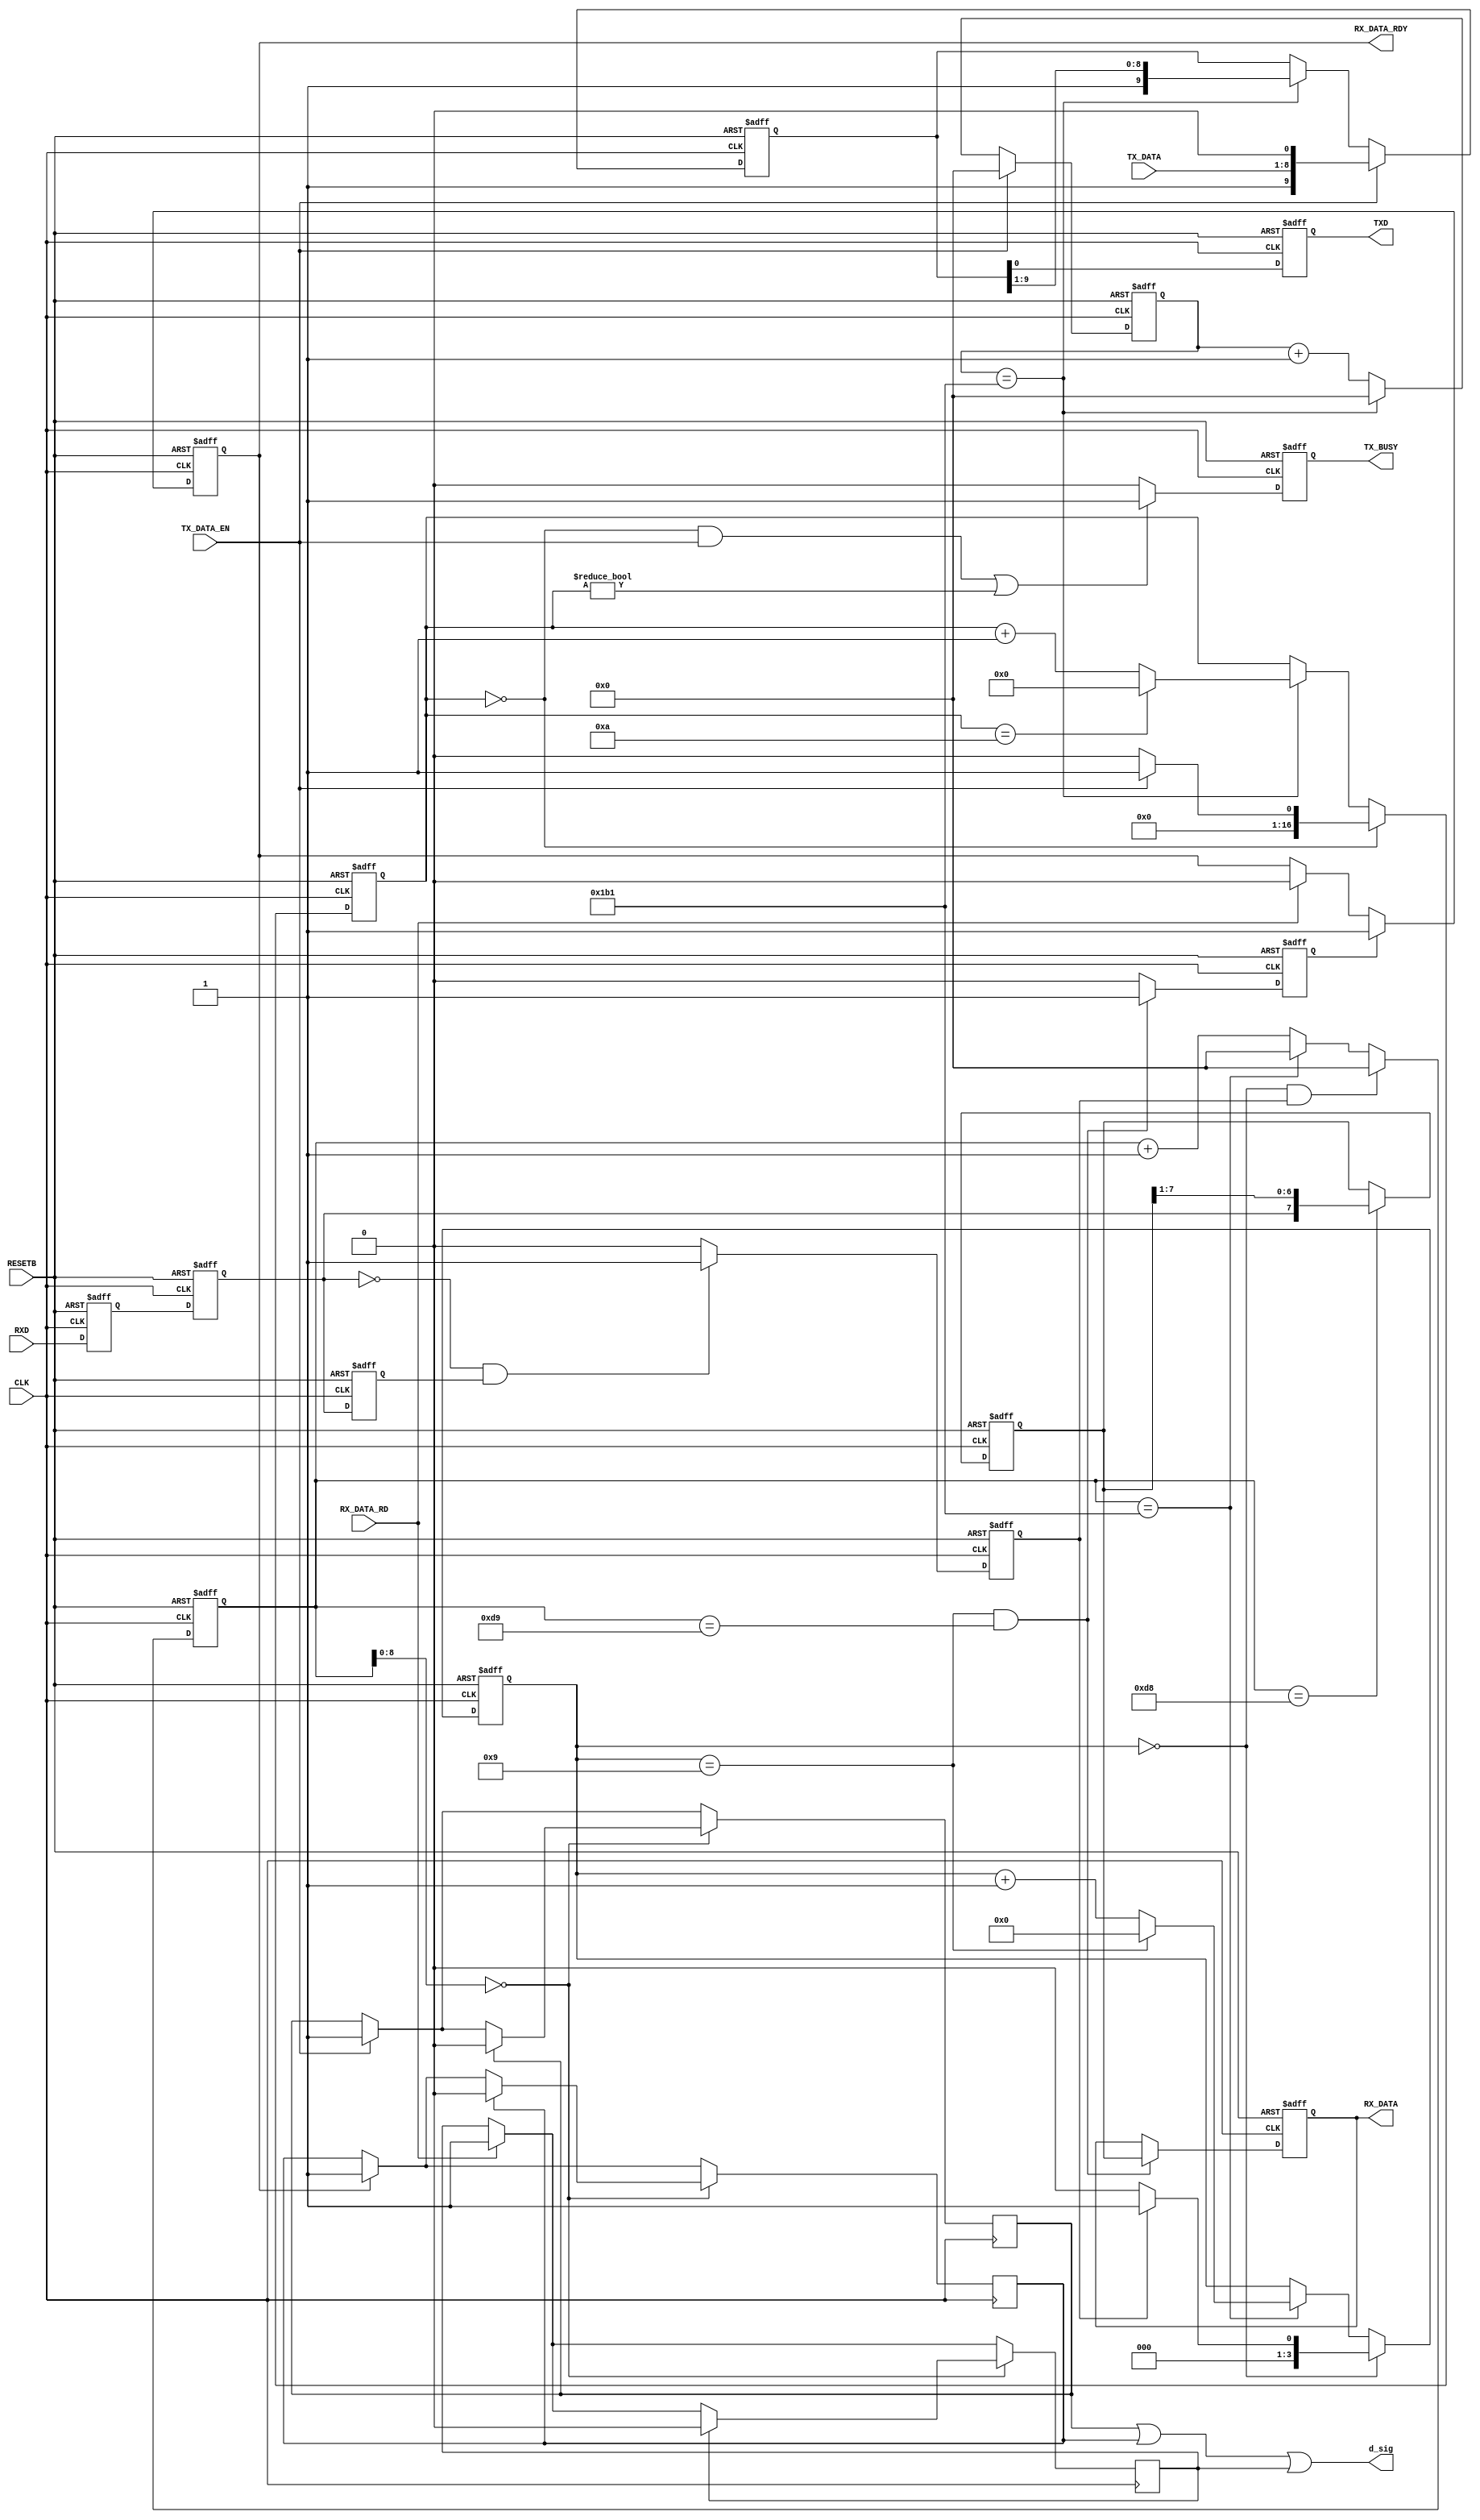
module rs232c(
RESETB, CLK, TXD, RXD, TX_DATA, TX_DATA_EN, TX_BUSY, RX_DATA, RX_DATA_RD, RX_DATA_RDY,d_sig);
//            PIN NAME         description        
input         RESETB;         // power on reset    
input         CLK;          // main clk          
//                                      
output        TXD;            //serial tx data    
input         RXD;            //serial rx data
input    [7:0]TX_DATA;        //tx data 8bit
input         TX_DATA_EN;         //tx commond
output        TX_BUSY;        //tx busy
output   [7:0]RX_DATA;        //rx data 8bit
input         RX_DATA_RD;     //rx data read
output        RX_DATA_RDY;     //rx data ready
output        d_sig;
//
        
//parameter       p_bit_end_count    =12'd866; // 115.2Kbps clk=100.0MHz
parameter       p_bit_end_count    =12'd433; // 115.2Kbps clk=50.0MHz
//parameter       p_bit_end_count    =12'd346; // 115.2Kbps clk=40.0MHz
  
reg        TXD;         //serial tx data   
reg        TX_BUSY;        //tx busy
reg   [7:0]RX_DATA;        //rx data 8bit
reg        RX_DATA_EN;     //rx data enable 
reg        RX_BUSY;        //Rx busy
//
   reg  [11:0]   tx_time_cnt;  //1bit clks counter
   reg  [11:0]   rx_time_cnt;  //1bit clks counter
//
   reg           rxd_d1, rxd_d2, rxd_d3, rxd_chg;
   reg [3:0]     rx_data_cnt;
   reg [16:0]    tx_data_cnt;
   reg [9:0]     txd_tmp;
   reg [7:0]     rx_data_tmp;
   
//
//  送信処理
//
//　1bit長カウント   
always @(posedge CLK or negedge RESETB) begin
  if (RESETB==1'b0) tx_time_cnt <= 12'd0;
  else
    if (TX_DATA_EN==1'b1)                     tx_time_cnt <= 12'd0;
    else if (tx_time_cnt == p_bit_end_count ) tx_time_cnt <= 12'd0;
    else                                      tx_time_cnt <=  tx_time_cnt +12'd1;
end   
//
//      
//  送信bit数カウント
always @(posedge CLK or negedge RESETB) begin
  if (RESETB==1'b0) tx_data_cnt <= 17'd0 ;
  else
    if(tx_data_cnt == 17'd0) 
      if (TX_DATA_EN==1'b1)         tx_data_cnt <= 17'd1 ;
      else                          tx_data_cnt <= 17'd0 ;
    else if (tx_time_cnt == p_bit_end_count )
      if (tx_data_cnt == (17'd10) ) tx_data_cnt <= 17'd0 ;
      else                          tx_data_cnt <=   tx_data_cnt + 17'd1;
    else                            tx_data_cnt <=   tx_data_cnt ;
end     
//
// 送信データセット
// 
always @(posedge CLK or negedge RESETB) begin
  if (RESETB==1'b0) txd_tmp <= 10'h3ff;
  else
    if (TX_DATA_EN==1'b1)                     txd_tmp <= {1'b1,TX_DATA,1'b0};       
    else if (tx_time_cnt == p_bit_end_count ) txd_tmp <= {1'b1,txd_tmp[9:1]} ; 
    else                                      txd_tmp <= txd_tmp ;
end          

//
// データ送信
//     
always @(posedge CLK or negedge RESETB) begin
  if (RESETB==1'b0) TXD <= 1'b1 ;
  else              TXD <= txd_tmp[0];
end

//
// 送信ビジー判定
//    
always @(posedge CLK or negedge RESETB) begin
  if (RESETB==1'b0) TX_BUSY <= 1'b0 ;
  else
    if (((tx_data_cnt == 4'd0)&&(TX_DATA_EN==1'b1))||(tx_data_cnt != 4'd0)) TX_BUSY <= 1'b1 ;
    else                                                                    TX_BUSY <= 1'b0 ;
end

//    
//受信処理
//
//　1bit長カウント   
always @(posedge CLK or negedge RESETB) begin
  if (RESETB==1'b0) rx_time_cnt <= 12'd0;
  else
    if ((rx_data_cnt == 4'd0)&&(rxd_chg==1'b1)) rx_time_cnt <= 12'd0;
    else if (rx_time_cnt == p_bit_end_count )   rx_time_cnt <= 12'd0;
    else                                        rx_time_cnt <= rx_time_cnt +12'd1;
end         
      
//  受信bit数カウント
always @(posedge CLK or negedge RESETB) begin
  if (RESETB==1'b0) rx_data_cnt <= 4'd0 ;
  else
    if (rx_data_cnt == 4'd0)
      if (rxd_chg==1'b1) rx_data_cnt <= 4'd1 ;
      else               rx_data_cnt <= 4'd0 ;
    else if (rx_time_cnt == p_bit_end_count )
      if (rx_data_cnt == (4'd9)) rx_data_cnt <= 4'd0 ;
      else                       rx_data_cnt <= rx_data_cnt + 4'd1;
    else
       rx_data_cnt <=   rx_data_cnt ;
end     

//受信変化検出
always @(posedge CLK or negedge RESETB) begin
  if (RESETB==1'b0) begin rxd_d1 <= 1'b1 ; rxd_d2 <= 1'b1 ; rxd_d3 <= 1'b1 ; rxd_chg <= 1'b0 ; end
  else begin
      rxd_d1 <= RXD ; rxd_d2 <= rxd_d1 ; rxd_d3 <= rxd_d2 ;
      if ((rxd_d2==1'b0)&&(rxd_d3==1'b1)) rxd_chg <=1'b1 ;
      else                                rxd_chg <= 1'b0;
    end
end

//　受信データ保持   
always @(posedge CLK or negedge RESETB) begin
  if (RESETB==1'b0) rx_data_tmp <= 8'd0 ;
  else
    if (rx_time_cnt == {1'b0,p_bit_end_count [11:1]})
      rx_data_tmp <= {rxd_d2,rx_data_tmp[7:1]};
    else
      rx_data_tmp <= rx_data_tmp;
end
/* // バッファーモード
// 受信データ読み取り処理
reg  [7:0] rxdbf [0:7];
reg  [2:0] rxbwct=0,rxbrct=0;
reg RX_DATA_RDY=0;
always @(posedge CLK or negedge RESETB) begin
  if (RESETB==1'b0) begin RX_DATA <= 8'd0 ; RX_DATA_EN <= 1'b0; end
  else begin
    if ((rx_data_cnt == 17'd9)&&(rx_time_cnt == {1'b0,p_bit_end_count [11:1]}+12'd1))
      begin rxdbf[rxbwct] <= rx_data_tmp ; rxbwct <= rxbwct + 1; end
	 if(RX_DATA_RDY==0 && rxbwct!=rxbrct) begin
	    RX_DATA <= rxdbf[rxbrct]; RX_DATA_RDY <= 1;
	 end
	 else
	 if(RX_DATA_RD==1) begin rxbrct <= rxbrct + 1; RX_DATA_RDY <= 0; end
  end
end
*/
assign d_sig = d_en | d_rdy | d_rd;
(* syn_Preserv = 1 *)reg d_en, d_rdy, d_rd;
always @(posedge CLK ) begin
	if(RX_DATA_RDY) d_rdy <= 1;
	if(RX_DATA_RD ) d_rd  <= 1;
	if(TX_DATA_EN ) d_en  <= 1;
	if(rx_time_cnt[8:0]==0) begin
		if(d_rdy) d_rdy <= 0;
		if(d_rd ) d_rd  <= 0;
		if(d_en ) d_en  <= 0;
	end
end
//  受信データ転送   
always @(posedge CLK or negedge RESETB) begin
  if (RESETB==1'b0) begin RX_DATA <= 8'd0 ; RX_DATA_EN <= 1'b0; end
  else
    if ((rx_data_cnt == 17'd9)&&(rx_time_cnt == {1'b0,p_bit_end_count [11:1]}+12'd1))
      begin RX_DATA <= rx_data_tmp ; RX_DATA_EN <= 1'b1 ; end
    else
      begin RX_DATA <= RX_DATA ; RX_DATA_EN <= 1'b0 ; end
end
reg RX_DATA_RDY;
always @(posedge CLK or negedge RESETB) begin
    if (RESETB==1'b0) RX_DATA_RDY <= 0;
	 else
    if(RX_DATA_EN) RX_DATA_RDY <= 1;
    else 
	   if(RX_DATA_RD==1) RX_DATA_RDY <= 0; 
  end

// 受信ビジー判定
always @(posedge CLK or negedge RESETB) begin
  if (RESETB==1'b0) RX_BUSY <= 1'b0 ;
  else
    if (rx_data_cnt != 4'd0) RX_BUSY <= 1'b1 ;
    else                     RX_BUSY <= 1'b0 ;
end
       
endmodule